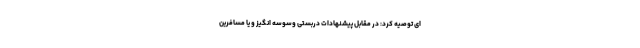
ای توصیه کرد: در مقابل پیشنهادات دربستی وسوسه انگیز و یا مسافرین